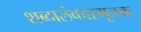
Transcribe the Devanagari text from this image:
शब्दालंकारमूलक